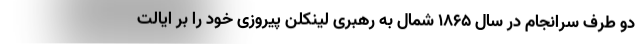
دو طرف سرانجام در سال 1865 شمال به رهبری لینکلن پیروزی خود را بر ایالت